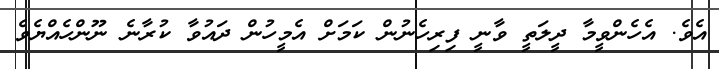
އެވެ. އެހެންވީމާ ދީލަތީ ވާނީ ފިރިހެނުން ކަމަށް އެމީހުން ދައުވާ ކުރާނެ ނޫންހެއްޔެވެ